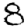
Digit: 8